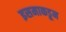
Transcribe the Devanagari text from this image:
इसमाकडून